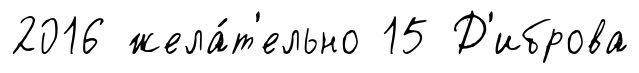
2016 жела́т'ельно 15 Д'иброва